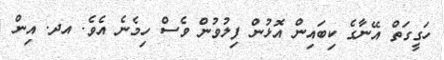
ހަގީގަތް އޭނާގެ ކިބައިން އޮޅުން ފިލުވުން ވެސް ހިމެނެ އެވެ. އދ. އިން